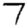
Digit: 7